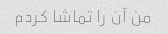
من آن را تماشا کردم